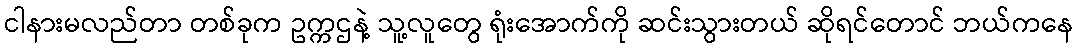
ငါနားမလည်တာ တစ်ခုက ဥက္ကဌနဲ့ သူ့လူတွေ ရုံးအောက်ကို ဆင်းသွားတယ် ဆိုရင်တောင် ဘယ်ကနေ